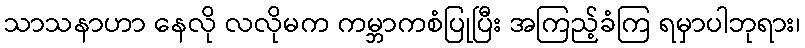
သာသနာဟာ နေလို လလိုမက ကမ္ဘာကစံပြုပြီး အကြည့်ခံကြ ရမှာပါဘုရား၊